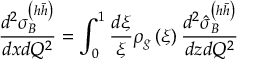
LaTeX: \frac { d ^ { 2 } \sigma _ { B } ^ { \left( h \bar { h } \right) } } { d x d Q ^ { 2 } } = \int _ { 0 } ^ { 1 } \frac { d \xi } { \xi } \rho _ { g } \left( \xi \right) \frac { d ^ { 2 } \hat { \sigma } _ { B } ^ { \left( h \bar { h } \right) } } { d z d Q ^ { 2 } }